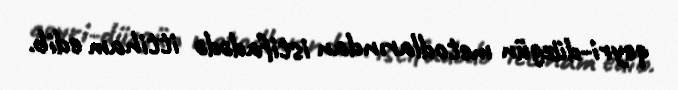
qeyri-düzgün metodlarından istifadədə ittiham edib.